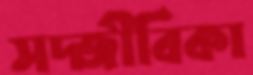
সদ্জীবিকা